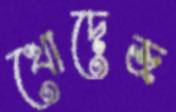
খোদেজ